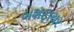
બશફાયર